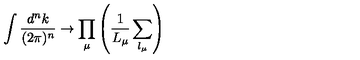
\int \frac { d ^ { n } k } { ( 2 \pi ) ^ { n } } \rightarrow \prod _ { \mu } \left( \frac { 1 } { L _ { \mu } } \sum _ { l _ { \mu } } \right)